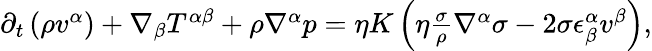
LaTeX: \begin{array}{r}{\partial_{t}\left(\rho v^{\alpha}\right)+\nabla_{\beta}T^{\alpha\beta}+\rho\nabla^{\alpha}p=\eta K\left(\eta\frac{\sigma}{\rho}\nabla^{\alpha}\sigma-2\sigma\epsilon_{\beta}^{\alpha}v^{\beta}\right),}\end{array}